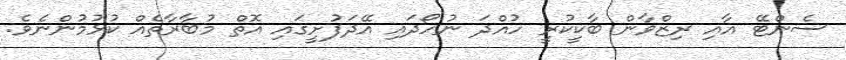
ސެންޓޭ އާއި ރިޒްވާން ބާކީކުރީ ހުއްދަ ނުހޯދައި އޭދަފުށީގައި އޮތް މުބާރާތެއް ކުޅުމުންނެވެ.